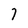
Character: 7